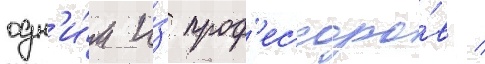
одн'и́м и́з проф'ессоро́в /